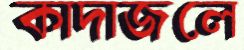
কাদাজলে